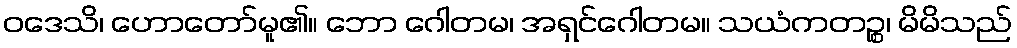
ဝဒေသိ၊ ဟောတော်မူ၏။ ဘော ဂေါတမ၊ အရှင်ဂေါတမ။ သယံကတဉ္စ၊ မိမိသည်